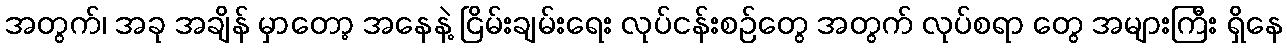
အတွက်၊ အခု အချိန် မှာတော့ အနေနဲ့ ငြိမ်းချမ်းရေး လုပ်ငန်းစဉ်တွေ အတွက် လုပ်စရာ တွေ အများကြီး ရှိနေ